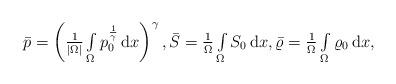
LaTeX: \begin{align*}\begin{array}{ll}\bar{p}= \left( \frac{1}{|\Omega|}\int\limits_{\Omega} p_0^{\frac{1}{\gamma}}\,\mathrm{d}x \right)^{\gamma},\bar{S} = \frac{1}{\Omega}\int\limits_{\Omega} S_0 \,\mathrm{d}x, \bar{\varrho} = \frac{1}{\Omega}\int\limits_{\Omega} \varrho_0 \,\mathrm{d}x,\end{array}\end{align*}